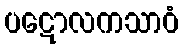
ပဋောလကသာဝံ